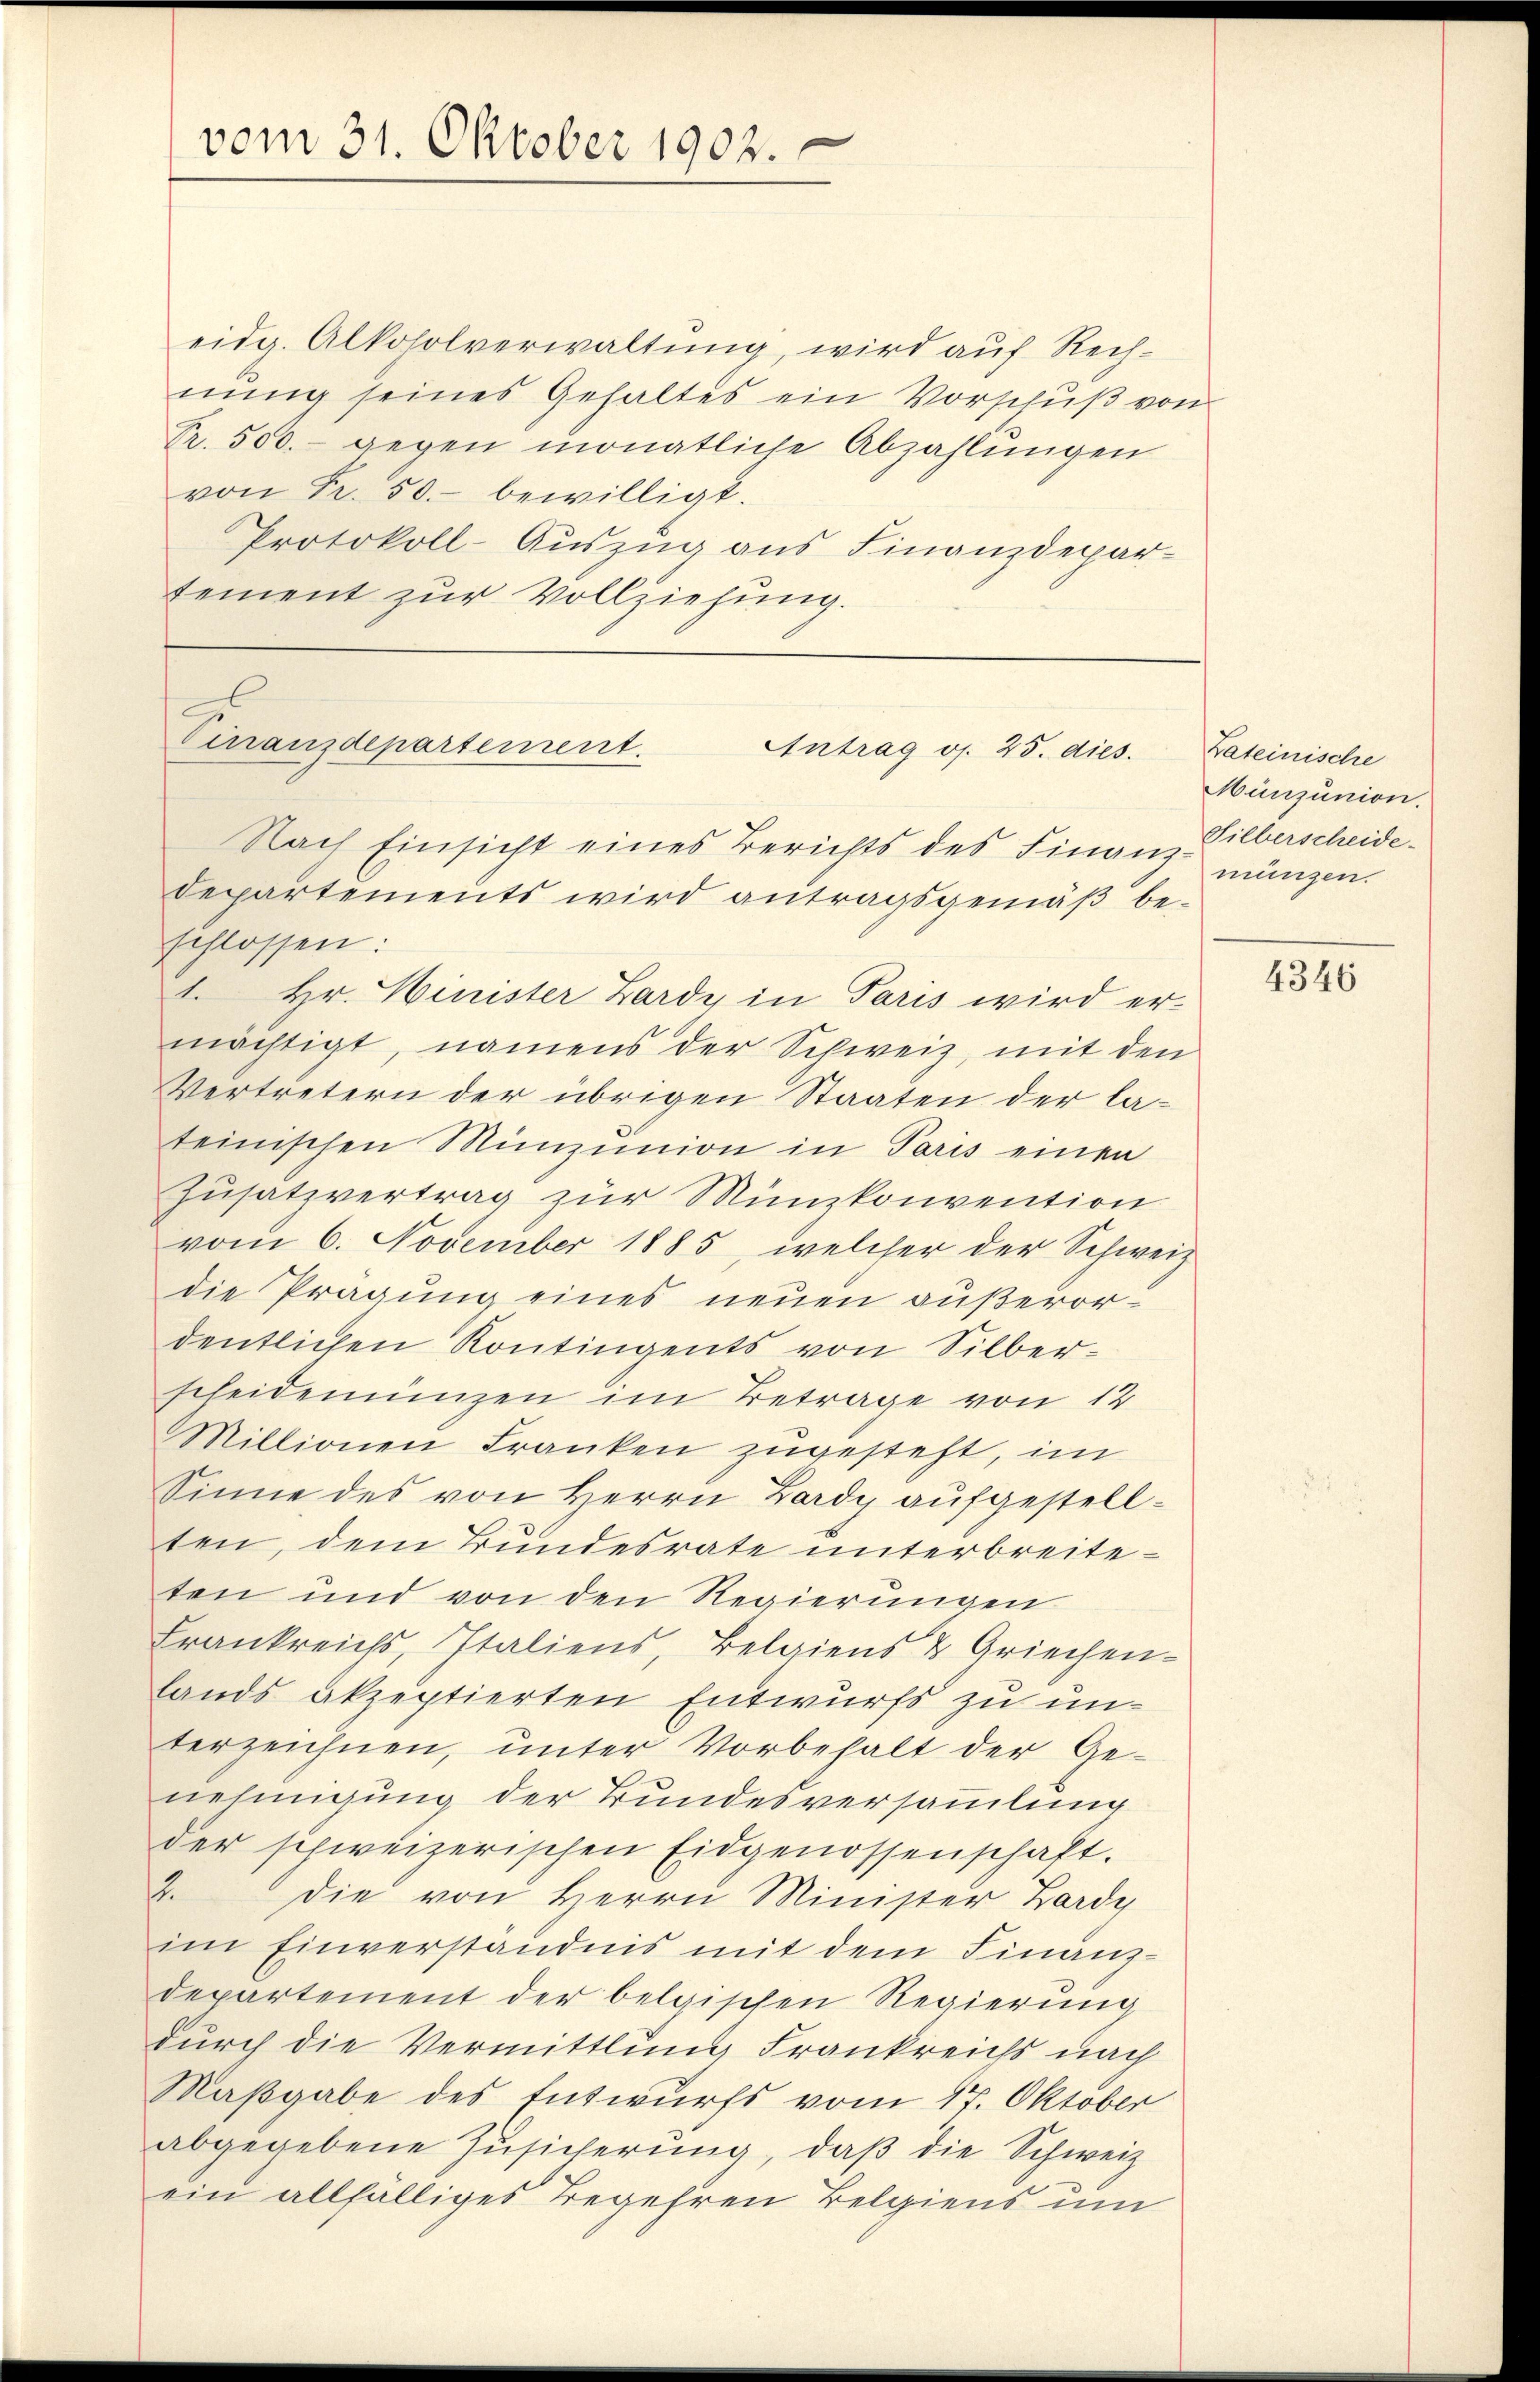
vom 31. Oktober 1902.

eidg. Alkoholverwaltung, wird auf Rechnung seines Gehaltes ein Vorschuß von
Pr. 500.- gegen monatliche Abzahlungen
von Fr. 50. bewilligt.
Protokoll-Auszug aus Finanzdepartement zur Vollziehung.

Departements wird antragsgemäβ be-
schlossen:
1. Hr. Minister Zardy in Paris wird er-
mächtigt, namens der Schweiz, mit den
Vertretern der übrigen Staaten der lateinischen Munzinion in Paris einen
Zusatzvertrag zur Münzkonvention
vom 6. November 1885, welcher der Schweiz
die Prägung eines neuen außerordentlichen Kontingents von Silberscheidemünzen im Betrage von 12
Millionen Franken zugesteht, im
Sinne des von Herrn Zardy aufgestellten, dem Bundesrate unterbreiteten und von den Regierungen
Frankreichs, Italiens, Belgiens & Griechen-
lands akzeptierten Entwurfs zu unterzeichnen, unter Vorbehalt der Ge-
nehmigung der Bundesversammlung
der schweizerischen Eidgenossenschaft.
2. Die von Herrn Minister Zardy
im Einverständnis mit dem Finanzdepartement der belgischen Regierŭng
durch die Vermittlung Frankreichs nach
Maßgabe des Entwurfs vom 17. Oktober
abgegebene Zusicherung, daß die Schweiz
ein allfälliges Begehren Belgiens um

Cinanzdepartement.
Antrag os. 25. dies
Nach Einsicht eines Berichts des Finanz-Silberscheide¬

Lateinische
Münzunion.
münzen.

4346